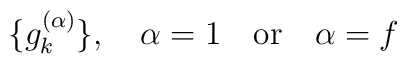
\{g^{(\alpha)}_k\}, \quad \alpha = 1 \quad {\rm or} \quad \alpha = f